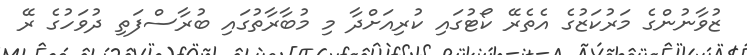
ޒުވާނުންގެ މަރުކަޒުގެ އެތެރޭ ކޯޓުގައި ކުރިއަށްދާ މި މުބާރާތުގައި ބުރާސްފަތި ދުވަހުގެ ރޭ